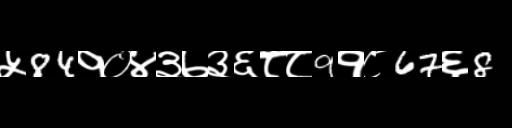
Text: ५84१०४३७३६८८9१८67६8